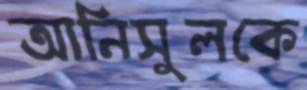
আনিসুলকে